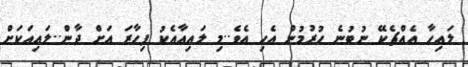
ލައިހާ އެއްޗެކޭ ނުބުނެ ހުރުމުން އެހި އެެވެ..މި ލައިއާއެކު ފިހާރަ އަށް ދާން..ލައިއަކަށް